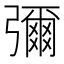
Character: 彌